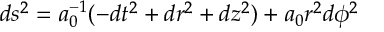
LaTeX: d s ^ { 2 } = a _ { 0 } ^ { - 1 } ( - d t ^ { 2 } + d r ^ { 2 } + d z ^ { 2 } ) + a _ { 0 } r ^ { 2 } d \phi ^ { 2 }